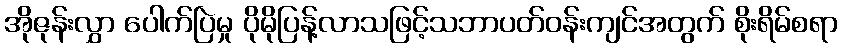
အိုဇုန်းလွှာ ပေါက်ပြဲမှု ပိုမိုပြန့်လာသဖြင့်သဘာပတ်ဝန်းကျင်အတွက် စိုးရိမ်စရာ